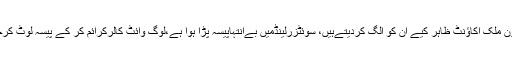
چیف جسٹس نے کہا کہ جن لوگوں نے بیرون ملک اکاؤنٹ ظاہر کیے ان کو الگ کردیتےہیں، سوئٹزرلینڈمیں بےانتہاپیسہ پڑا ہوا ہے،لوگ وائٹ کالرکرائم کر کے پیسہ لوٹ کرچلےگئے، اس معاملے کو آگے چلنا چاہیے۔